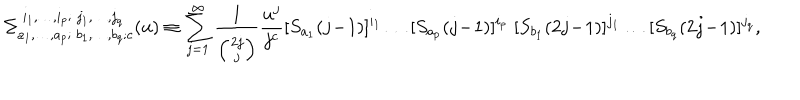
LaTeX: \Sigma _ { a _ { 1 } , \ldots , a _ { p } ; \; b _ { 1 } , \ldots , b _ { q } ; c } ^ { \; i _ { 1 } , \ldots , i _ { p } ; \; j _ { 1 } , \ldots , j _ { q } } ( u ) \equiv \sum _ { j = 1 } ^ { \infty } \frac { 1 } { \left( 2 j \atop j \right) } \frac { u ^ { j } } { j ^ { c } } [ S _ { a _ { 1 } } ( j \! - \! 1 ) ] ^ { i _ { 1 } } \ldots [ S _ { a _ { p } } ( j \! - \! 1 ) ] ^ { i _ { p } } \; [ S _ { b _ { 1 } } ( 2 j \! - \! 1 ) ] ^ { j _ { 1 } } \ldots [ S _ { b _ { q } } ( 2 j \! - \! 1 ) ] ^ { j _ { q } } ,